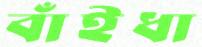
বাঁইধা